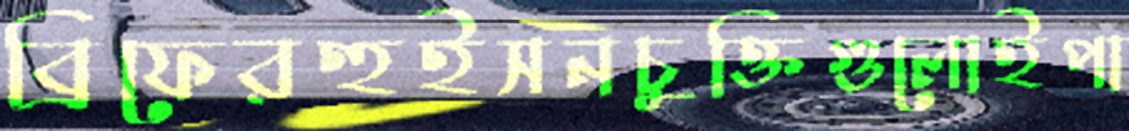
ব্রিফেরহুইসনচুক্তিগুলোইপা